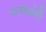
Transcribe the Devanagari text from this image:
मार्गदर्शनों